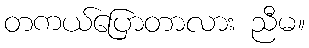
တကယ်ပြောတာလား ညီမ။